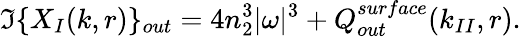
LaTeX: \Im\{ X_{I}(k,r)\} _{out}=4n_{2}^{3}|\omega|^{3}+Q_{out}^{surface}(k_{II},r).